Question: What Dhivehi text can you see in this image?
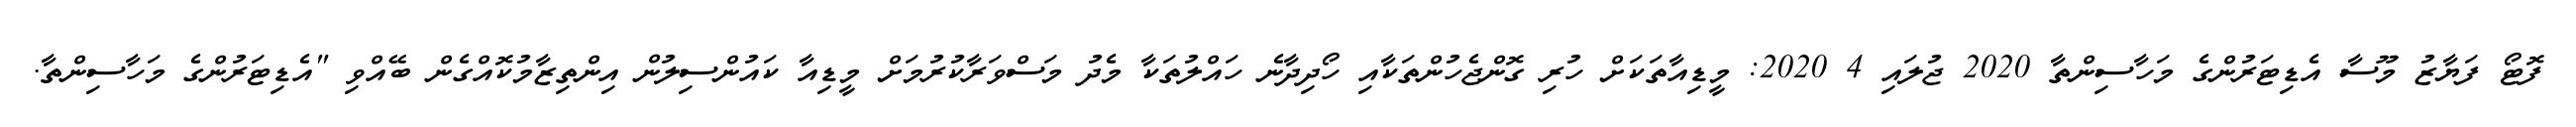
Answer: ފޮޓޯ ފަޔާޒު މޫސާ އެޑިޓަރުންގެ މަހާސިންތާ 2020 ޖުލައި 4 2020: މީޑިއާތަކަށް ހުރި ގޮންޖެހުންތަކާއި ހޯދިދާނެ ހައްލުތަކާ މެދު މަސްވަރާކުރުމަށް މީޑިއާ ކައުންސިލުން އިންތިޒާމުކޮއްގެން ބޭއްވި "އެޑިޓަރުންގެ މަހާސިންތާ.